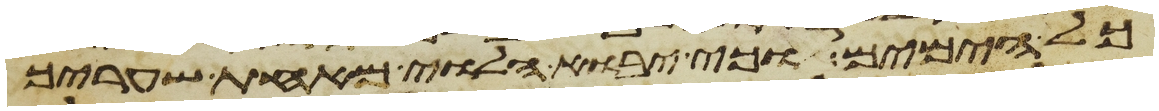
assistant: כל הימים וכי יבוא הלוי מאחת שעריך